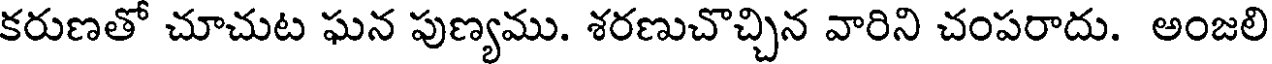
కరుణతో చూచుట ఘన పుణ్యము. శరణుచొచ్చిన వారిని చంపరాదు. అంజలి